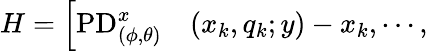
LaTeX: \begin{array}{rl}{H=\left[\mathrm{PD}_{(\phi,\theta)}^{x}\right.}&{{}(x_{k},q_{k};y)-x_{k},\cdots,}\end{array}